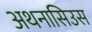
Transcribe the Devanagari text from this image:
अथनासिउस